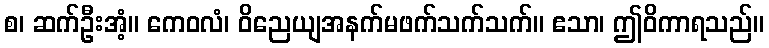
စ၊ ဆက်ဦးအံ့။ ကေဝလံ၊ ဝိညေယျအနက်မဖက်သက်သက်။ ဧသာ၊ ဤဝိကာရသည်။